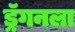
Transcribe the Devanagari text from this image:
ड्रॅगनला